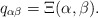
\begin{align*} q_{\alpha\beta} &= \Xi(\alpha,\beta).\end{align*}